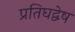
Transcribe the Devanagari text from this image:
प्रतिघद्वेष